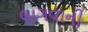
લાગવાની